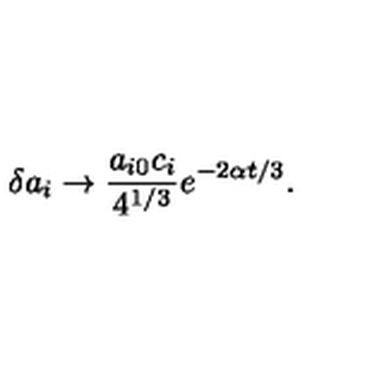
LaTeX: \delta a _ { i } \to \frac { a _ { i 0 } c _ { i } } { 4 ^ { 1 / 3 } } e ^ { - 2 \alpha t / 3 } .